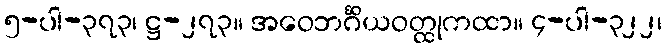
၅-ပါ-၃၇၃၊ ဋ္ဌ-၂၇၃။ အဝေဘင်္ဂိယဝတ္ထုကထာ။ ၄-ပါ-၃၂၂၊